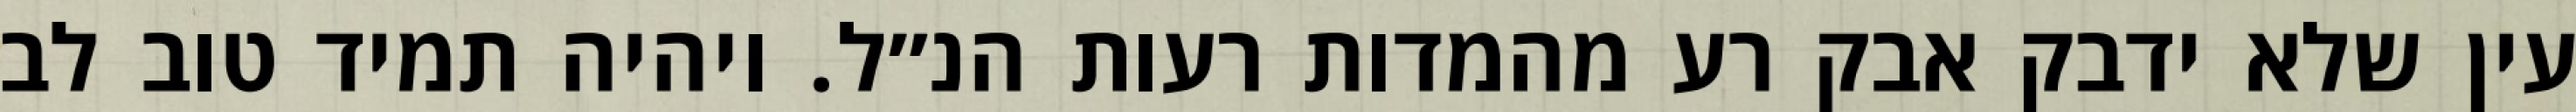
עין שלא ידבק אבק רע מהמדות רעות הנ״ל. ויהיה תמיד טוב לב